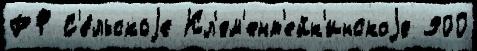
РФ С'е́льскоjе Кл'ем'ент'ейк'инскоjе 900